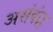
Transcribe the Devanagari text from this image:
असंबंद्ध